Report on vaccination North-West Frontier Province 1904-1922 - 1904-1922
Year: 1904
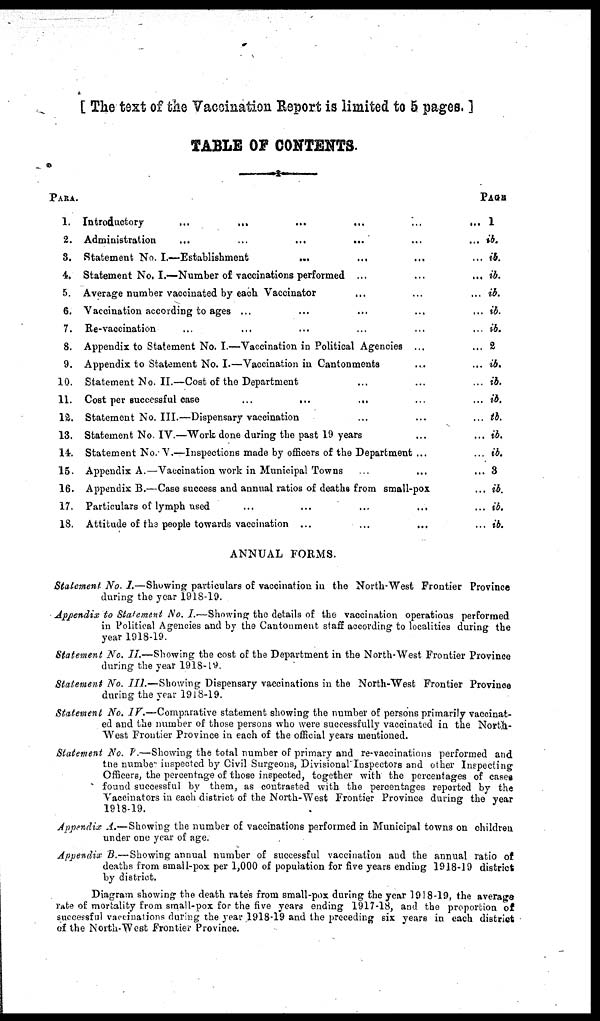
[ The text of the Vaccination Report is limited to 5 pages. ]
TABLE OF CONTENTS.
PARA.
1.
2.
3.
4.
5.
6.
7.
8.
9.
10.
11.
12.
13.
14.
15.
16.
17.
18.
Introductory ... ... ... ... ... ...
Administration
...
...
...
... ... ...
Statement No. I.—Establishment
... ... ... ...
Statement No. I.—Number of vaccinations performed ... ... ...
Average number vaccinated by each Vaccinator ... ... ...
Vaccination according to ages ... ... ... ... ...
Re-vaccination ... ... ... ... ... ...
Appendix to Statement No. I.—Vaccination in Political Agencies ... ...
Appendix to Statement No. I.—Vaccination in Cantonments ... ...
Statement No. II.—Cost of the Department ... ... ...
Cost per successful case
...
... ... ... ...
Statement No. III.—Dispensary vaccination ... ... ...
Statement No. IV.—Work done during the past 19 years ... ...
Statement No. V.—Inspections made by officers of the Department ... ...
Appendix A.—Vaccination work in Municipal Towns ... ... ...
Appendix B.— Case success and annual ratios of deaths from small-pox ...
Particulars of lymph used ... ... ... ... ...
Attitude of the people towards vaccination ... ... ... ...
ANNUAL FORMS.
PAGE
1
ib.
ib.
ib.
ib.
ib.
ib.
2
ib.
ib.
ib.
ib.
ib.
ib.
3
ib.
ib.
ib.
Statement No. I.—Showing particulars of vaccination in the North-West Frontier Province
during the year 1918-19.
Appendix to Statement No. I.—Showing the details of the vaccination operations performed
in Political Agencies and by the Cantonment staff according to localities during the
year 1918-19.
Statement No. II.—Showing the cost of the Department in the North-West Frontier Province
during the year 1918-19.
Statement No. III.—Showing Dispensary vaccinations in the North-West Frontier Province
during the year 1918-19.
Statement No. IV.—Comparative statement showing the number of persons primarily vaccinat-
ed and the number of those persons who were successfully vaccinated in the North¬
West Frontier Province in each of the official years mentioned.
Statement No. V.—Showing the total number of primary and re-vaccinations performed and
the number inspected by Civil Surgeons, Divisional Inspectors and other Inspecting
Officers, the percentage of those inspected, together with the percentages of cases
found successful by them, as contrasted with the percentages reported by the
Vaccinators in each district of the North-West Frontier Province during the year
1918-19.
Appendix A.— Showing the number of vaccinations performed in Municipal towns on children
under one year of age.
Appendix B.—Showing annual number of successful vaccination and the annual ratio of
deaths from small-pox per 1,000 of population for five years ending 1918-19 district
by district.
Diagram showing the death rates from small-pox during the year 1918-19, the average
rate of mortality from small-pox for the five years ending 1917-18, and the proportion of
successful vaccinations during the year 1918-19 and the preceding six years in each district
of the North-West Frontier Province.